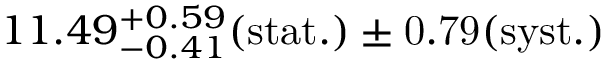
1 1 . 4 9 _ { - 0 . 4 1 } ^ { + 0 . 5 9 } ( \mathrm { s t a t . ) \pm 0 . 7 9 ( \mathrm { s y s t . ) } }